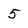
Character: 5